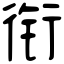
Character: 衔